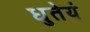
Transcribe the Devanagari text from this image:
धुतेयं